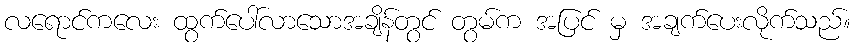
လရောင်ကလေး ထွက်ပေါ်လာသောအချိန်တွင် တွမ်က အပြင် မှ အချက်ပေးလိုက်သည်။